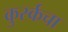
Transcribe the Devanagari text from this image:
कुर्स्कचा